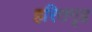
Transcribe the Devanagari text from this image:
हरितगृह